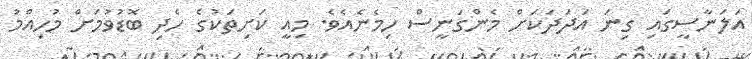
އަލަނާސީގައި ގިނަ އަދަދަކަށް މެންގަނީސް ހިމެނެއެވެ. މިއީ ކަށިތަކުގެ ހެދި ބޮޑުވުމަށް މުހިއްމު